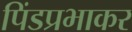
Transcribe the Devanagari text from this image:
पिंडप्रभाकर